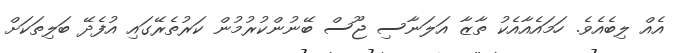
އެއް ލިބެއެވެ. ހަމައެއާއެކު ތާޒާ އަލަނާސި ޖޫސް ބޭނުންކުރުމުން ކަރުތެރޭގައި އުފެދޭ ބަލިތަކަށް